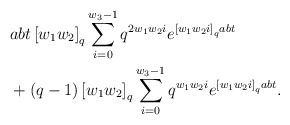
\begin{align*} & abt\left[w_{1}w_{2}\right]_{q}\sum_{i=0}^{w_{3}-1}q^{2w_{1}w_{2}i}e^{\left[w_{1}w_{2}i\right]_{q}abt}\\ & +\left(q-1\right)\left[w_{1}w_{2}\right]_{q}\sum_{i=0}^{w_{3}-1}q^{w_{1}w_{2}i}e^{\left[w_{1}w_{2}i\right]_{q}abt}.\end{align*}